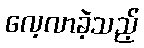
လေ့လာခဲ့သည့်